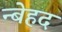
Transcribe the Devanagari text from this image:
न्बेहद